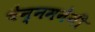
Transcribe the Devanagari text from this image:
चेन्नमनेनी